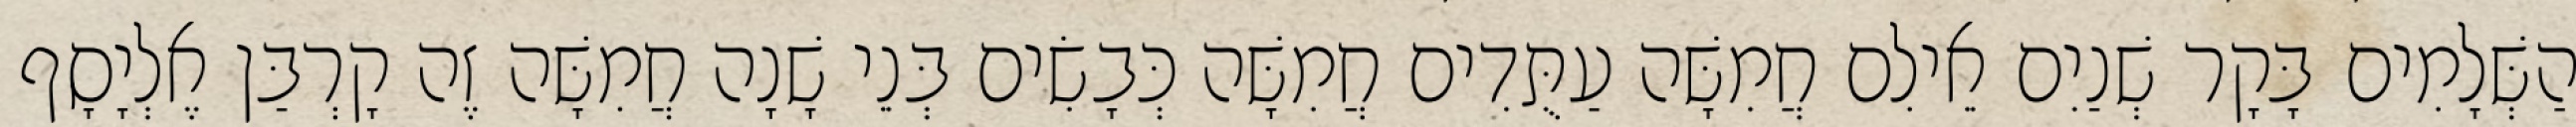
הַשְּׁלָמִים בָּקָר שְׁנַיִם אֵילִם חֲמִשָּׁה עַתֻּדִים חֲמִשָּׁה כְּבָשִׂים בְּנֵי שָׁנָה חֲמִשָּׁה זֶה קָרְבַּן אֶלְיָסָף